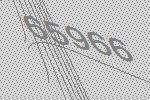
65966